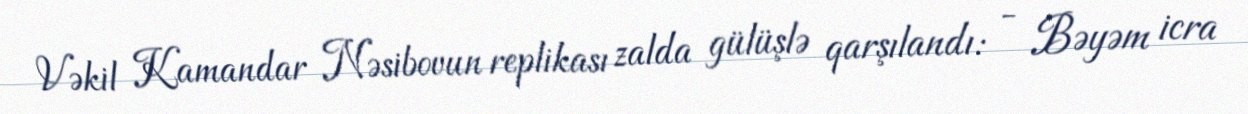
Vəkil Kamandar Nəsibovun replikası zalda gülüşlə qarşılandı: - Bəyəm icra